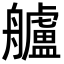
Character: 艫